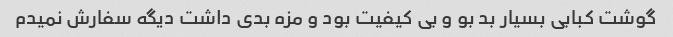
گوشت کبابی بسیار بد بو و بی کیفیت بود و مزه بدی داشت دیگه سفارش نمیدم